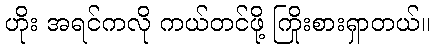
ဟိုး အရင်ကလို ကယ်တင်ဖို့ ကြိုးစားရှာတယ်။